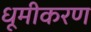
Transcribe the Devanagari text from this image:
धूमीकरण